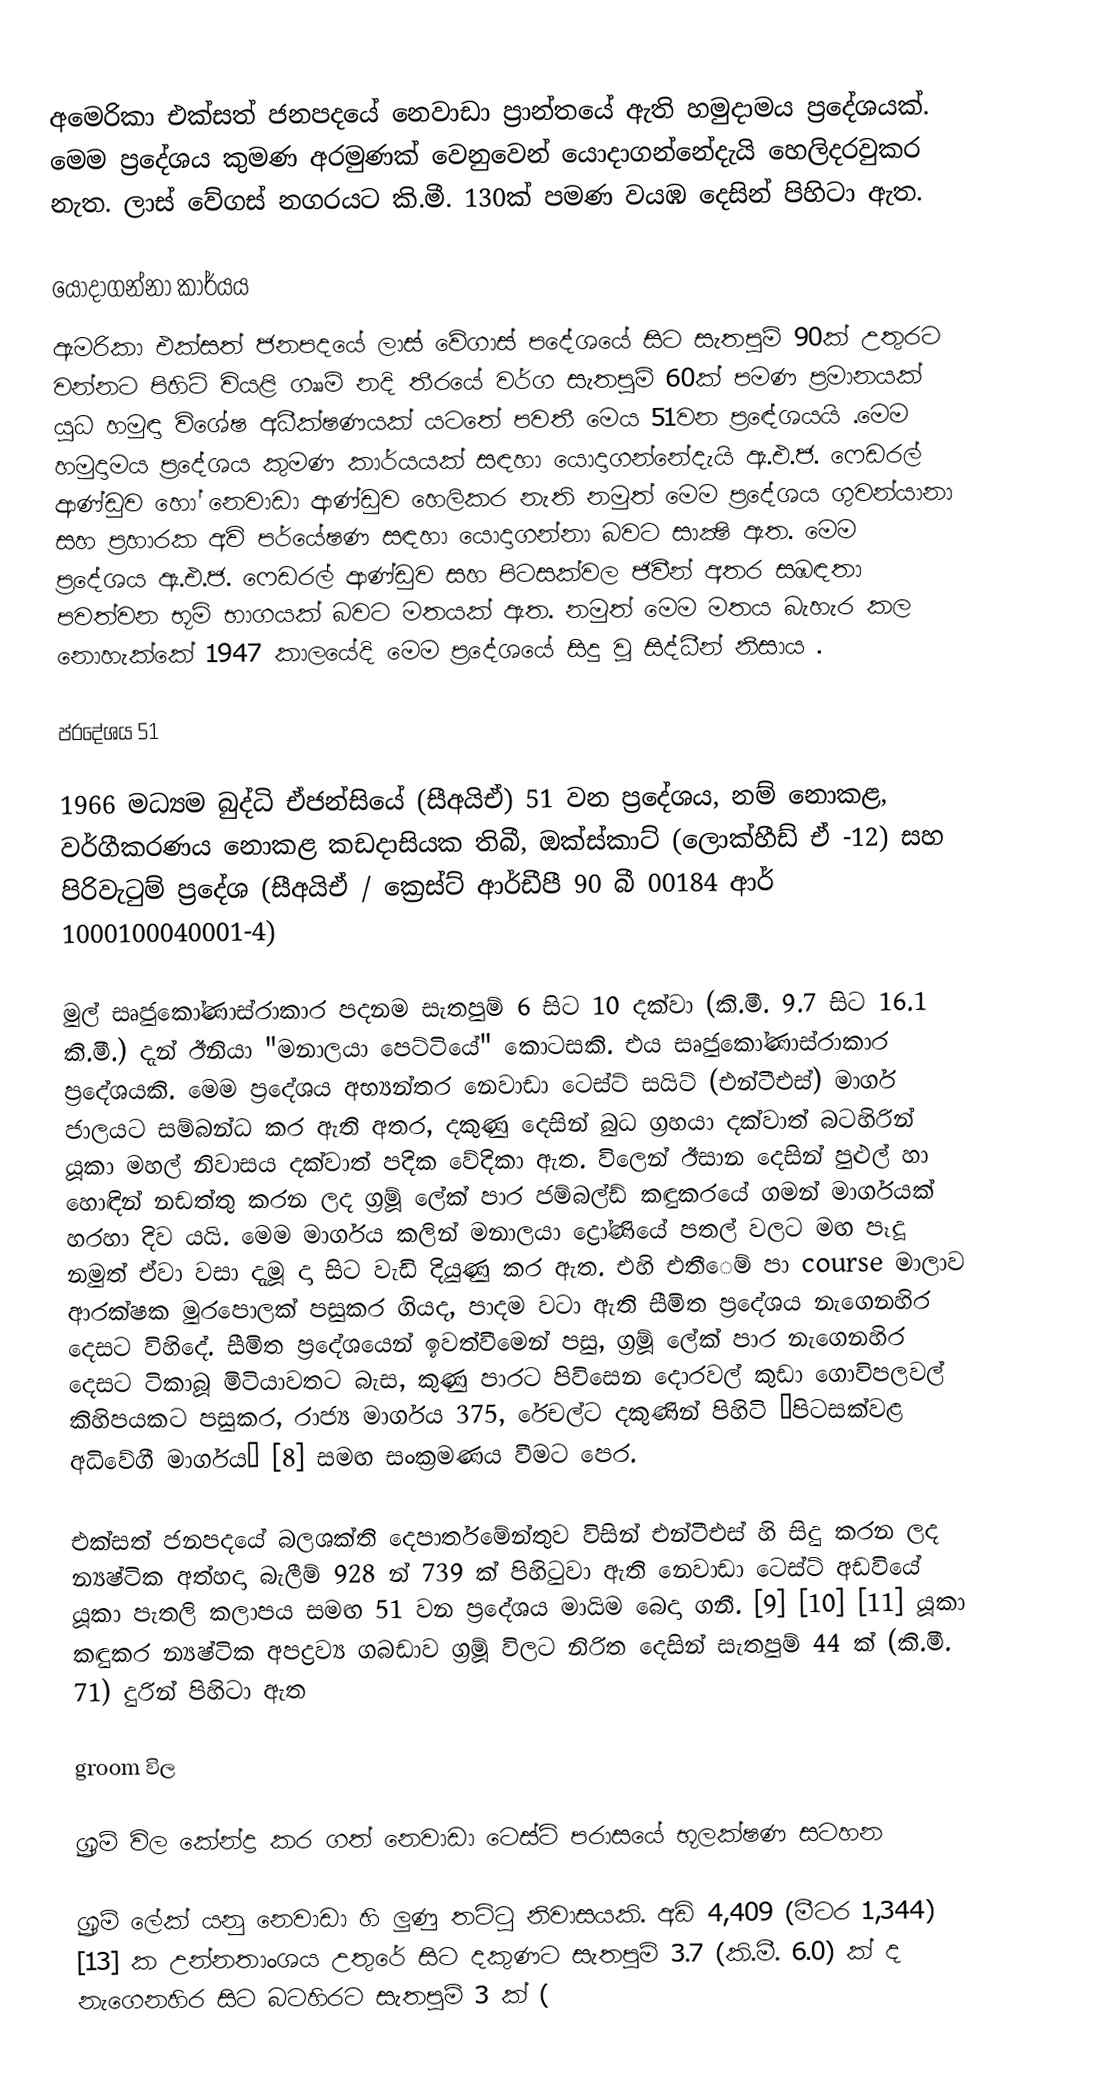
අමෙරිකා එක්සත් ජනපදයේ නෙවාඩා ප්‍රාන්තයේ ඇති හමුදාමය ප්‍රදේශයක්. මෙම ප්‍රදේශය කුමණ අරමුණක් වෙනුවෙන් යොදාගන්නේදැයි  හෙලිදරවුකර නැත. ලාස් වේගස් නගරයට කි.මී. 130ක් පමණ වයඹ දෙසින් පිහිටා ඇත.

යොදාගන්නා කාර්යය
ඇමරිකා එක්සත් ජනපදයේ ලාස් වේගාස් පදේශයේ සිට සැතපුම් 90ක් උතුරට වන්නට පිහිටි වියළි ගෲම් නදි තීරයේ වර්ග සැතපුම් 60ක් පමණ ප්‍රමානයක් යුධ හමුඳා විශේෂ අධීක්ෂණයක් යටතේ පවතී මෙය 51වන ප්‍රඳේශයයි .මෙම හමුදාමය ප්‍රදේශය කුමණ කාර්යයක් සඳහා යොදාගන්නේදැයි ඇ.එ.ජ. ෆෙඩරල් ආණ්ඩුව හෝ නෙවාඩා ආණ්ඩුව හෙලිකර නැති නමුත් මෙම ප්‍රදේශය ගුවන්යානා සහ ප්‍රහාරක අවි පර්යේෂණ සඳහා යොදාගන්නා බවට සාක්‍ෂි ඇත. මෙම ප්‍රදේශය ඇ.එ.ජ. ෆෙඩරල් ආණ්ඩුව සහ පිටසක්වල ජිවීන් අතර සඹඳතා පවත්වන භූමි භාගයක් බවට මතයක් ඇත. නමුත් මෙම මතය බැහැර කල නොහැක්කේ 1947 කාලයේදි මෙම ප්‍රදේශයේ සිදු වූ සිද්ධීන් නිසාය .

ප්රදේශය 51

1966 මධ්‍යම බුද්ධි ඒජන්සියේ (සීඅයිඒ) 51 වන ප්‍රදේශය, නම් නොකළ, වර්ගීකරණය නොකළ කඩදාසියක තිබී, ඔක්ස්කාට් (ලොක්හීඩ් ඒ -12) සහ පිරිවැටුම් ප්‍රදේශ (සීඅයිඒ / ක්‍රෙස්ට් ආර්ඩීපී 90 බී 00184 ආර් 1000100040001-4)

මුල් සෘජුකෝණාස්රාකාර පදනම සැතපුම් 6 සිට 10 දක්වා (කි.මී. 9.7 සිට 16.1 කි.මී.) දැන් ඊනියා "මනාලයා පෙට්ටියේ" කොටසකි. එය සෘජුකෝණාස්රාකාර ප්‍රදේශයකි. මෙම ප්‍රදේශය අභ්‍යන්තර නෙවාඩා ටෙස්ට් සයිට් (එන්ටීඑස්) මාර්ග ජාලයට සම්බන්ධ කර ඇති අතර, දකුණු දෙසින් බුධ ග්‍රහයා දක්වාත් බටහිරින් යූකා මහල් නිවාසය දක්වාත් පදික වේදිකා ඇත. විලෙන් ඊසාන දෙසින් පුළුල් හා හොඳින් නඩත්තු කරන ලද ග්‍රූම් ලේක් පාර ජම්බල්ඩ් කඳුකරයේ ගමන් මාර්ගයක් හරහා දිව යයි. මෙම මාර්ගය කලින් මනාලයා ද්‍රෝණියේ පතල් වලට මඟ පෑදූ නමුත් ඒවා වසා දැමූ දා සිට වැඩි දියුණු කර ඇත. එහි එතීෙම් පා course මාලාව ආරක්ෂක මුරපොලක් පසුකර ගියද, පාදම වටා ඇති සීමිත ප්‍රදේශය නැගෙනහිර දෙසට විහිදේ. සීමිත ප්‍රදේශයෙන් ඉවත්වීමෙන් පසු, ග්‍රූම් ලේක් පාර නැගෙනහිර දෙසට ටිකාබූ මිටියාවතට බැස, කුණු පාරට පිවිසෙන දොරවල් කුඩා ගොවිපලවල් කිහිපයකට පසුකර, රාජ්‍ය මාර්ගය 375, රේචල්ට දකුණින් පිහිටි “පිටසක්වළ අධිවේගී මාර්ගය” [8] සමඟ සංක්‍රමණය වීමට පෙර.

එක්සත් ජනපදයේ බලශක්ති දෙපාර්තමේන්තුව විසින් එන්ටීඑස් හි සිදු කරන ලද න්‍යෂ්ටික අත්හදා බැලීම් 928 න් 739 ක් පිහිටුවා ඇති නෙවාඩා ටෙස්ට් අඩවියේ යූකා පැතලි කලාපය සමඟ 51 වන ප්‍රදේශය මායිම බෙදා ගනී. [9] [10] [11] යූකා කඳුකර න්‍යෂ්ටික අපද්‍රව්‍ය ගබඩාව ග්‍රූම් විලට නිරිත දෙසින් සැතපුම් 44 ක් (කි.මී. 71) දුරින් පිහිටා ඇත

groom විල

ග්‍රූම් විල කේන්ද්‍ර කර ගත් නෙවාඩා ටෙස්ට් පරාසයේ භූලක්ෂණ සටහන

ග්‍රූම් ලේක් යනු නෙවාඩා හි ලුණු තට්ටු නිවාසයකි. අඩි 4,409 (මීටර 1,344) [13] ක උන්නතාංශය උතුරේ සිට දකුණට සැතපුම් 3.7 (කි.මී. 6.0) ක් ද නැගෙනහිර සිට බටහිරට සැතපුම් 3 ක් (